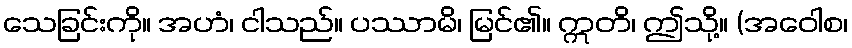
သေခြင်းကို။ အဟံ၊ ငါသည်။ ပဿာမိ၊ မြင်၏။ ဣတိ၊ ဤသို့။ (အဝေါစ၊